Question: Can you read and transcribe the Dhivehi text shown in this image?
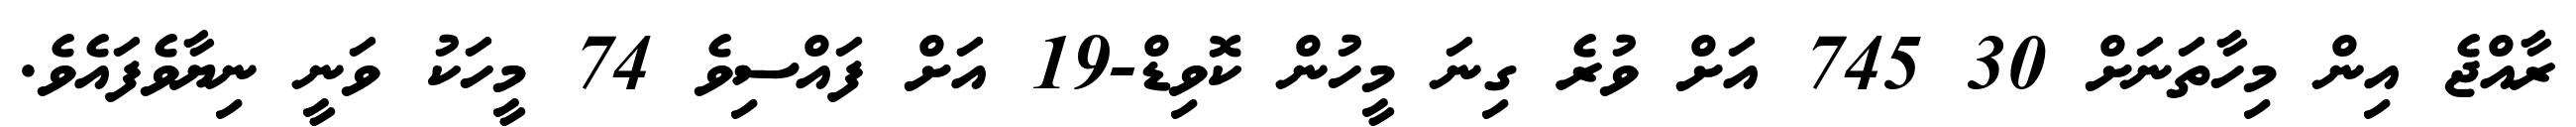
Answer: ރާއްޖެ އިން މިހާތަނަށް 30 745 އަށް ވުރެ ގިނަ މީހުން ކޮވިޑް-19 އަށް ފައްސިވެ 74 މީހަކު ވަނީ ނިޔާވެފައެވެ.